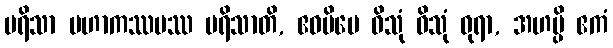
ပရိသာ မဟာကဿပဿ ပရိသာတိ, ဧဝမိမေ ဝိသုံ ဝိသုံ ဓုရာ, အဟမ္ပိ ဧကံ